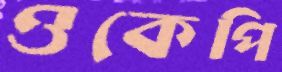
ওকেপি